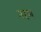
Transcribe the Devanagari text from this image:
नरण